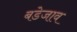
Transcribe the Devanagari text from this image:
बडेजाव